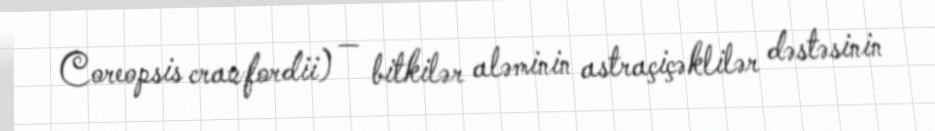
Coreopsis crawfordii) — bitkilər aləminin astraçiçəklilər dəstəsinin